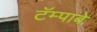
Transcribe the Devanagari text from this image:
टॅम्पाबे